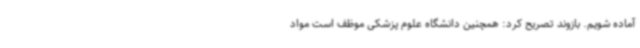
آماده شویم. بازوند تصریح کرد: همچنین دانشگاه علوم پزشکی موظف است مواد